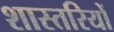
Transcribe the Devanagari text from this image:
शास्तरियों